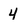
Character: 4